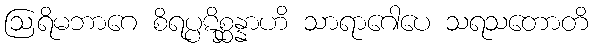
ဩရိမဘာဂေ စိရပ္ပဋိစ္ဆန္နာဟိ သာရာဂေါပေ သရသတောတိ